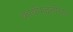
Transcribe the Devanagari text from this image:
कार्यपद्धतीच्या